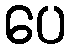
ပေ